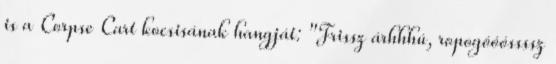
is a Corpse Cart kocsisának hangját: "Frissz árhhhú, ropogóóóssssz